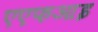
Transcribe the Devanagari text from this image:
एएफआइ